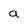
Character: a